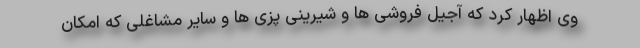
وی اظهار کرد که آجیل فروشی ها و شیرینی پزی ها و سایر مشاغلی که امکان